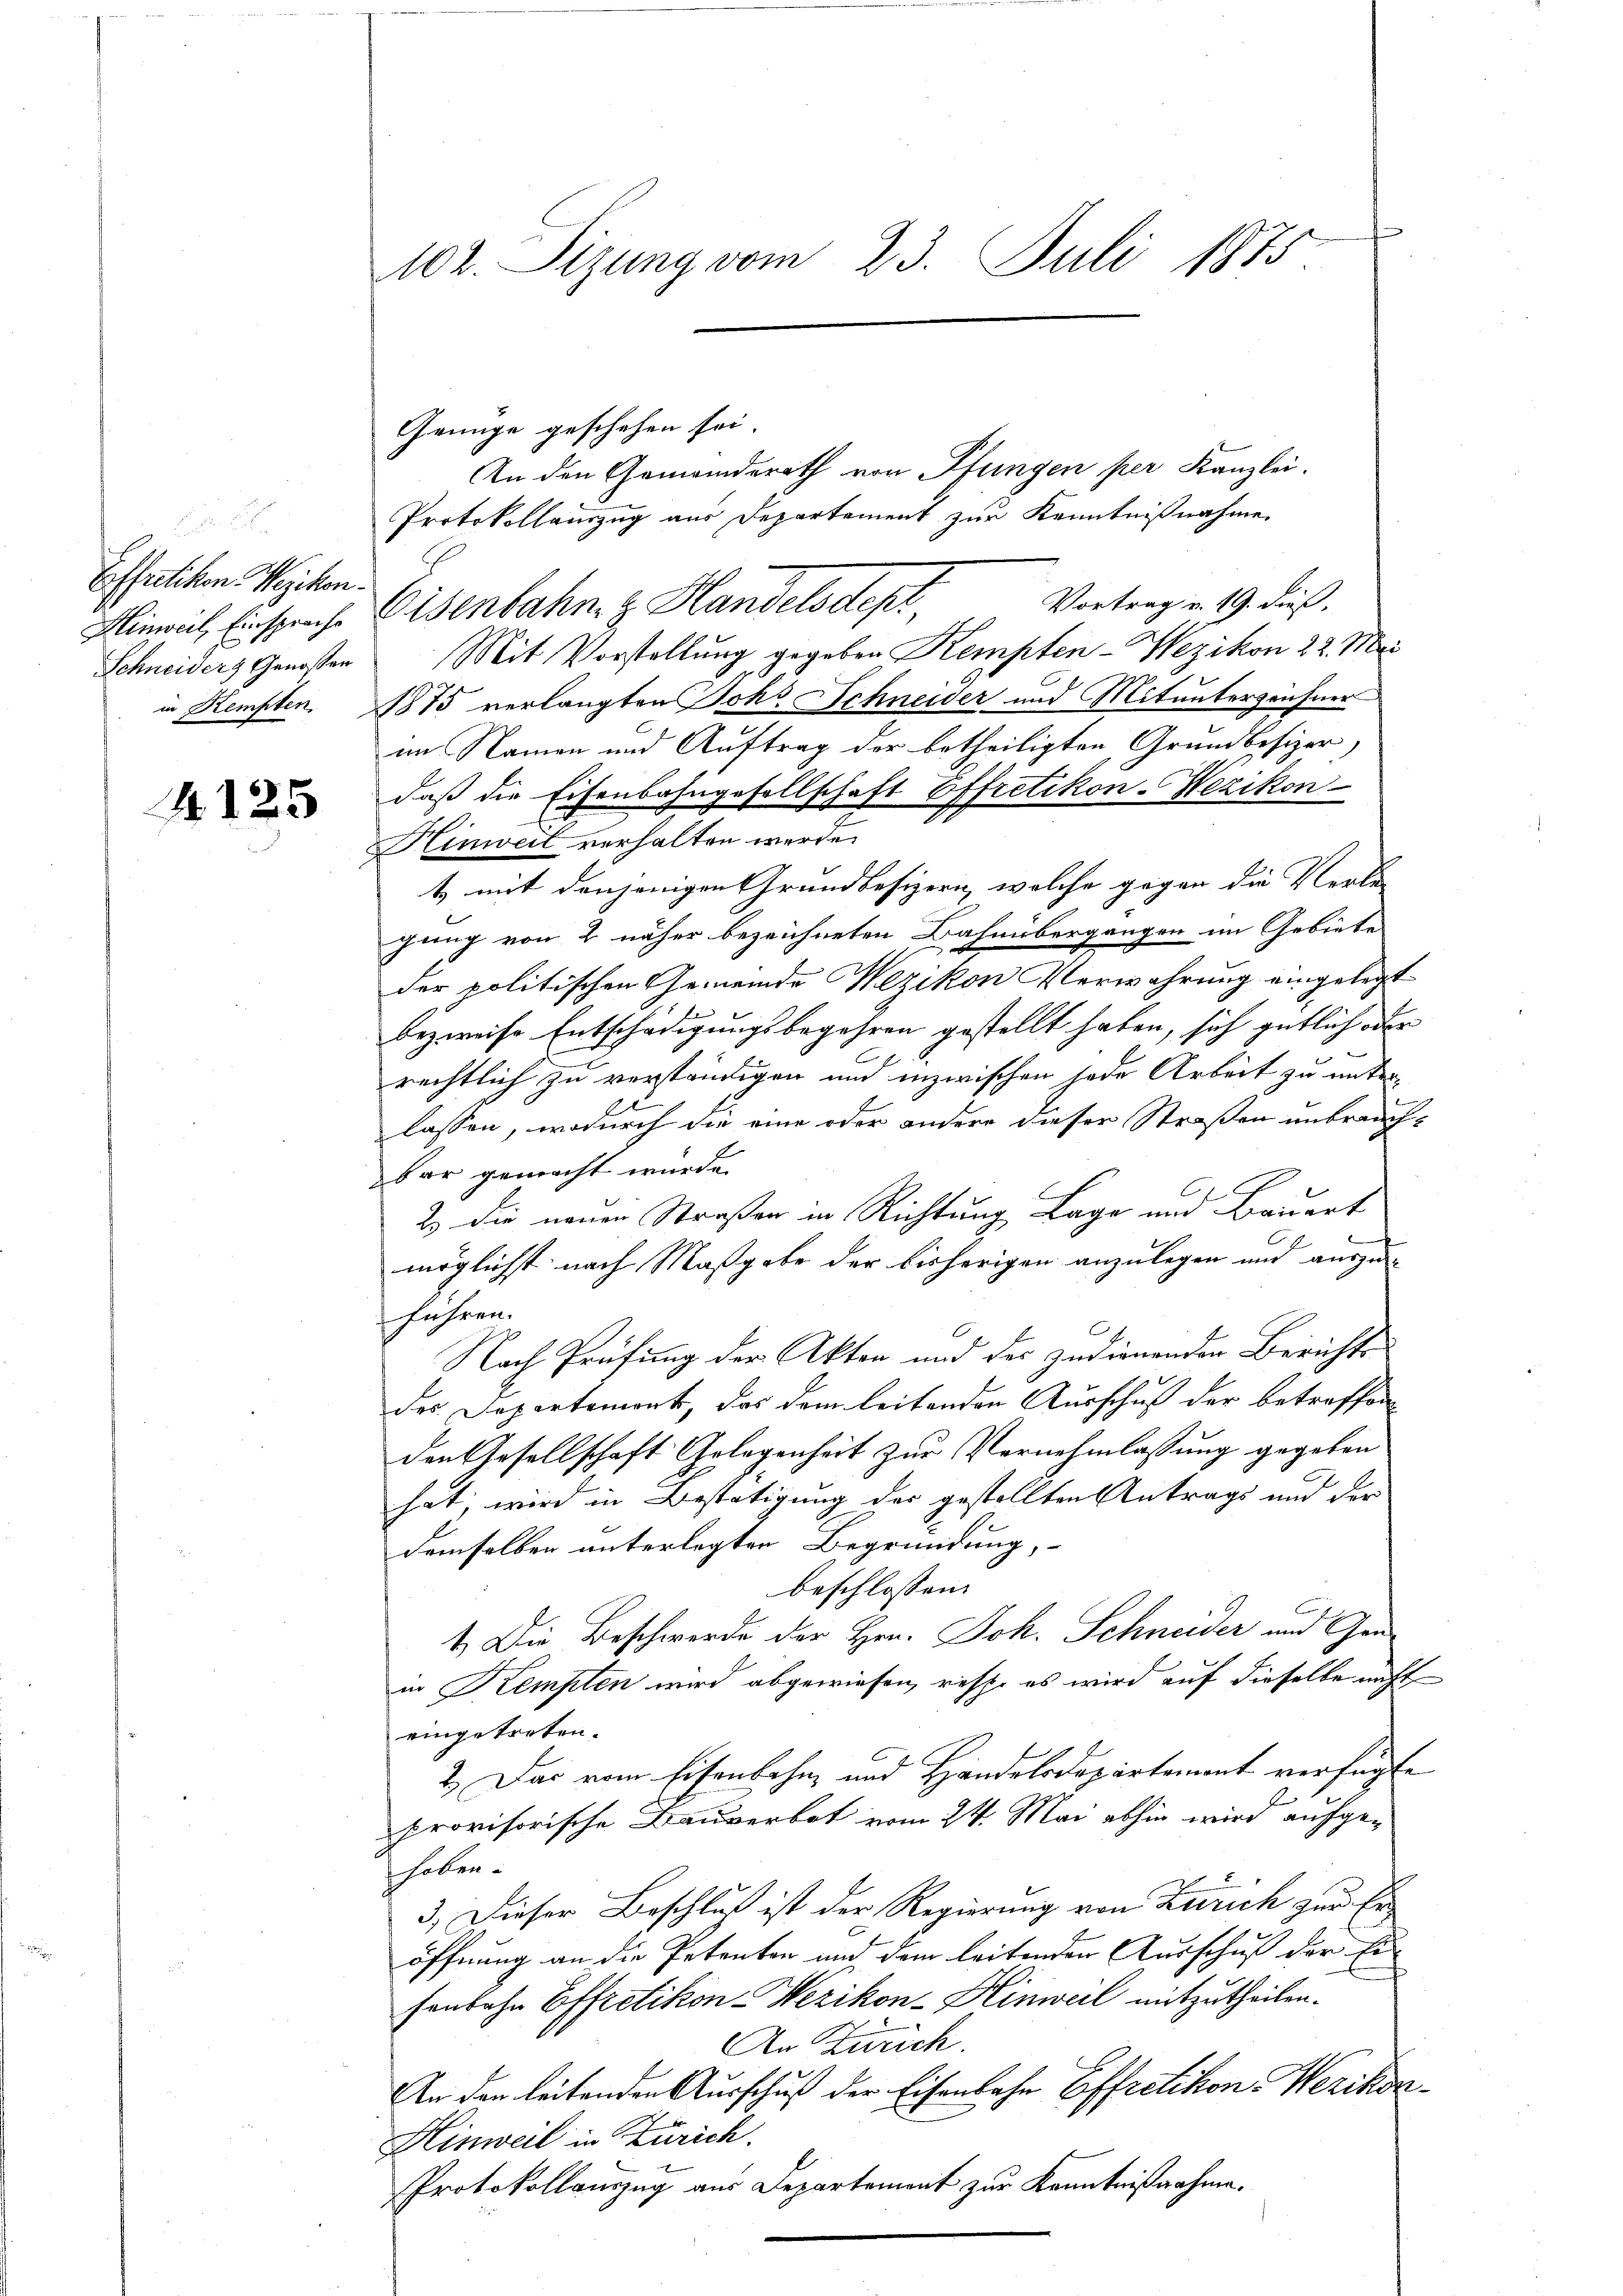
Essutikon Wezikon.

4125

Genüge geschehen sei.
An den Gemeinderath von Pfungen per Kanzlei.
Protokollauszug aus Departement zur Kenntnißnahme.
Hinweil, Einsprache Eisenbahn z. Handelsdept, Vortragen. 19. dieß.
Schneiders Genossen Mit Vorstellung gegeben Kempten-Wezikon 22. Mai
in Kempten. 1875 verlangten Joh. Schneider und Mitunterzeichner
im Namen und Auftrag der betheiligten Grundbesizer,
daß die Eisenbahngesellschaft Effretikon-Wezikon
Hinweil verhalten werde.
t, mit denjenigen Grundbesizern, welche gegen die Verle
gung von 2 näher bezeichneten Bahnübergangen im Gebiete
der politischen Gemeinde Wezikon Verwahrung eingelegt
bezweife Entschädigungsbegehren gestellt haben, sich gütlich oder
rechtlich zu verständigen und inzwischen jede Arbeit zu unterlassen, wodurch die eine oder andere dieser Straßen unbrauch-
bar gemacht wurde.
2. die neuen Straßen in Richtung Lage und Bauert
n
möglichst nach Maßgabe der bisherigen anzulegen und auszu-
führen.
Nach Prüfung der Akten und des zudienenden Berichts
des Departement, das dem leitenden Ausschuß der betreffen
den Gesellschaft Gelegenheit zur Vernehmlassung gegeben
hat; wird in Bestätigung der gestellten Antrags und der
demselben unterlegten Begründung,
beschlossen:
1.) Die Beschwerde der Hrn. Joh. Schneider und Grain Kempten wird abgewiesen, resse es wird auf dieselbe nicht
eingetreten.
2. Das vom Eisenbahn- und Handelsdepartement verfügte
provisorische Bauverbot vom 24. Mai abhin wird aufgeholen.
3.) Dieser Beschluß ist der Regierung von Zürich zur Eröffnung an die Petenten und dem leitenden Ausschuß der Ei
fenbahn Effretikon - Wezikon-Hinweil mitzutheilen.
An Zürich.
An den leitenden Ausschuß der Eisenbahn Effretikon-Wezikon¬
Hinweil in Zürich.
Protokollauszug aus Departement zur Kenntnißnahme.

102. Sizung vom 23. Juli 1875.